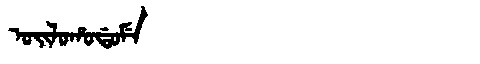
Manchu: ᠣᡳᠯᠣᡥᠣᡩᠣᠮᡝ
Romanization: OILOHODOME